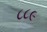
૮૮૯